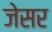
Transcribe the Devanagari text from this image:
जेसर